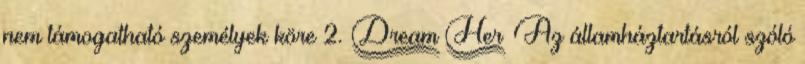
nem támogatható személyek köre 2. § Az államháztartásról szóló